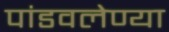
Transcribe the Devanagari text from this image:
पांडवलेण्या